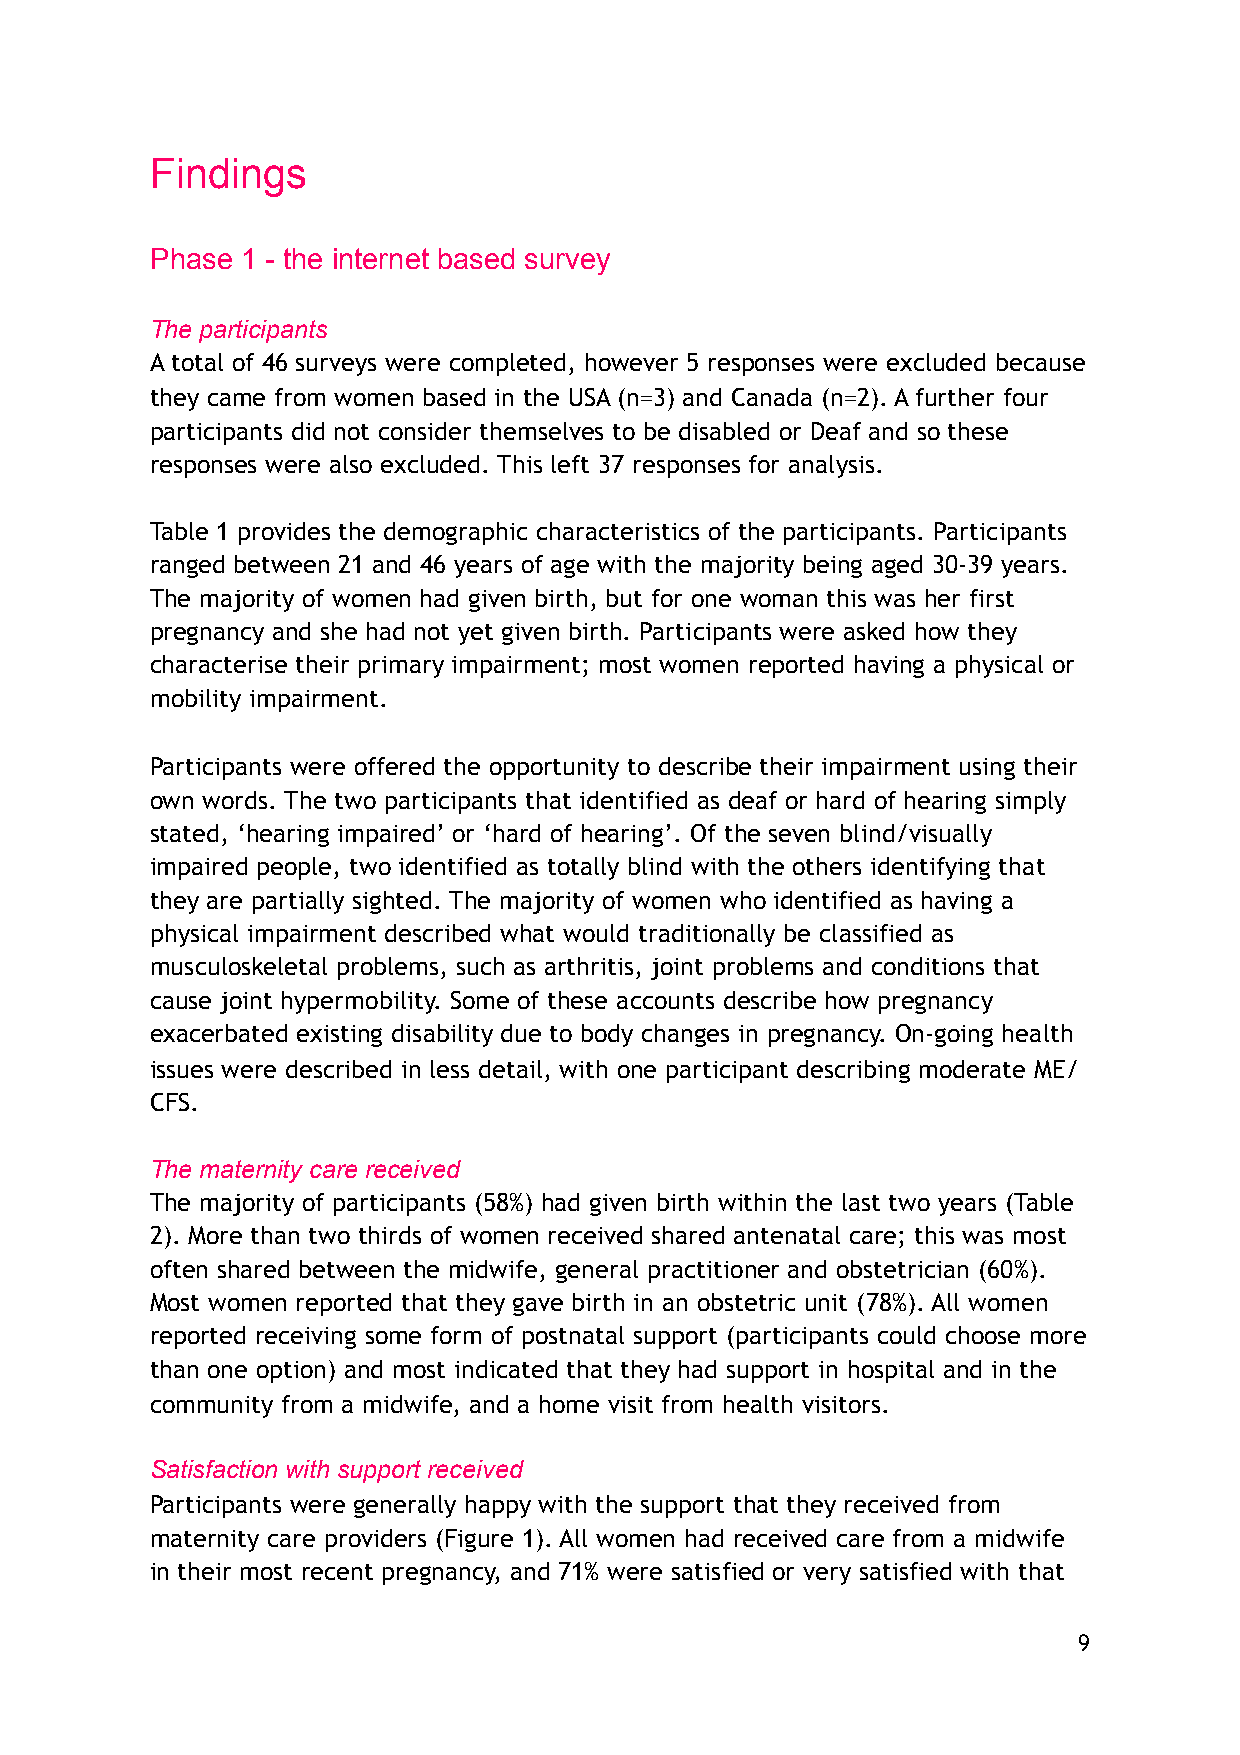
Findings
 Phase 1 - the internet based survey
 The participants
 A total of 46 surveys were completed, however 5 responses were excluded because
 they came from women based in the USA (n=3) and Canada (n=2). A further four
 participants did not consider themselves to be disabled or Deaf and so these
 responses were also excluded. This left 37 responses for analysis.
 Table 1 provides the demographic characteristics of the participants. Participants
 ranged between 21 and 46 years of age with the majority being aged 30-39 years.
 The majority of women had given birth, but for one woman this was her first
 pregnancy and she had not yet given birth. Participants were asked how they
 characterise their primary impairment; most women reported having a physical or
 mobility impairment.
 Participants were offered the opportunity to describe their impairment using their
 own words. The two participants that identified as deaf or hard of hearing simply
 stated, ‘hearing impaired’ or ‘hard of hearing’. Of the seven blind/visually
 impaired people, two identified as totally blind with the others identifying that
 they are partially sighted. The majority of women who identified as having a
 physical impairment described what would traditionally be classified as
 musculoskeletal problems, such as arthritis, joint problems and conditions that
 cause joint hypermobility. Some of these accounts describe how pregnancy
 exacerbated existing disability due to body changes in pregnancy. On-going health
 issues were described in less detail, with one participant describing moderate ME/
 CFS.
 The maternity care received
 The majority of participants (58%) had given birth within the last two years (Table
 2). More than two thirds of women received shared antenatal care; this was most
 often shared between the midwife, general practitioner and obstetrician (60%).
 Most women reported that they gave birth in an obstetric unit (78%). All women
 reported receiving some form of postnatal support (participants could choose more
 than one option) and most indicated that they had support in hospital and in the
 community from a midwife, and a home visit from health visitors.
 Satisfaction with support received
 Participants were generally happy with the support that they received from
 maternity care providers (Figure 1). All women had received care from a midwife
 in their most recent pregnancy, and 71% were satisfied or very satisfied with that
 9